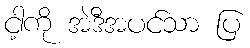
ငါ့ကို အဲဒီအပင်သာ ပြ